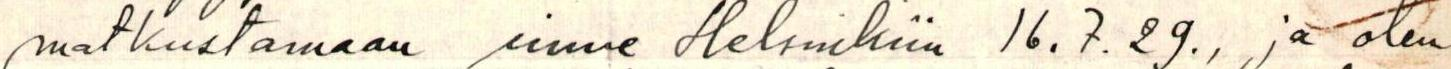
matkustamaan sinne Helsinkiin 16.7.29., ja olen